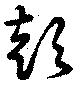
彭